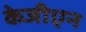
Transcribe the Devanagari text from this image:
केजीएन